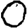
Digit: 0